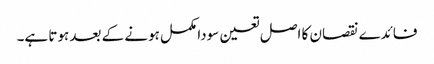
فائدے نقصان کا اصل تعین سودا مکمل ہونے کے بعد ہوتا ہے۔